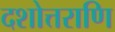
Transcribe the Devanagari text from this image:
दशोत्तराणि